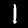
Digit: 1